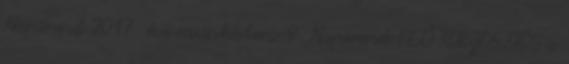
Napirend 2017. évi munkaterv 9. Napirend ELŐ TERJESZTÉS a